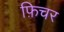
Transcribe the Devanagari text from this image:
फ़िचर